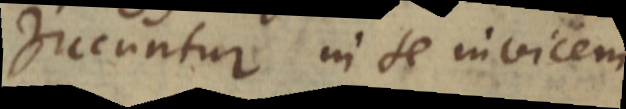
juccuntur in se invicem